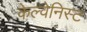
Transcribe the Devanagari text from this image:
केल्वेनिस्ट